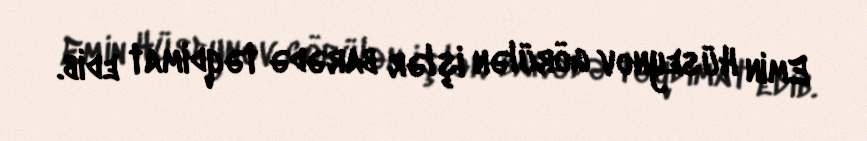
Emin Hüseynov görülən işlər barədə təqdimat edib.